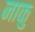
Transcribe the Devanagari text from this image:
नाकु